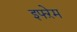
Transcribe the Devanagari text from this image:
इफ्ऱेम